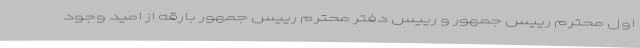
اول محترم رییس جمهور و رییس دفتر محترم رییس جمهور بارقه از امید وجود